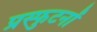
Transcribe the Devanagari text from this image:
प्रस्फुटनों